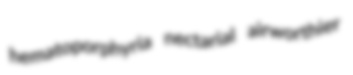
hematoporphyria nectarial airworthier